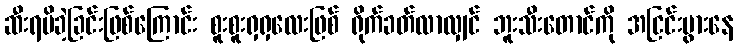
ဆီးရမိခဲ့ခြင်းဖြစ်ကြောင်း စူးစူးရှရှလေးဖြစ် ရိုက်ခတ်လာလျှင် ဘူးသီးတောင်ကို အငြင်းပွားနေ